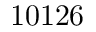
1 0 1 2 6